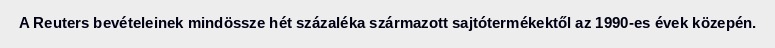
A Reuters bevételeinek mindössze hét százaléka származott sajtótermékektől az 1990-es évek közepén.